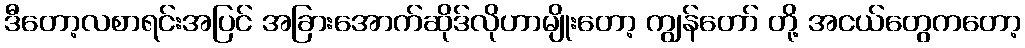
ဒီတော့လစာရင်းအပြင် အခြားအောက်ဆိုဒ်လိုဟာမျိုးတော့ ကျွန်တော် တို့ အငယ်တွေကတော့